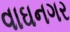
વાઘનગર